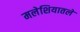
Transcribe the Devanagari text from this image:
मलेशियातले